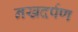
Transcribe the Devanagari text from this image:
नखदर्पण